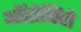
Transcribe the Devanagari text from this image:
ऑरोबिंदो